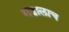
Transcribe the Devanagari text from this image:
गडालाच